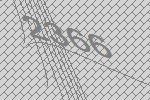
2366